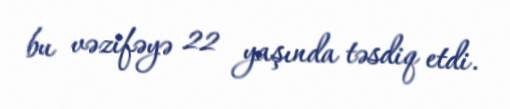
bu vəzifəyə 22 yaşında təsdiq etdi.